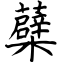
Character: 蘗